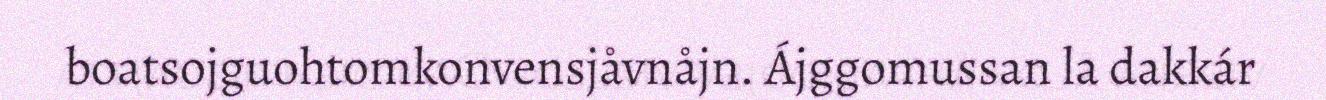
boatsojguohtomkonvensjåvnåjn. Ájggomussan la dakkár